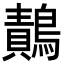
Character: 𪄸